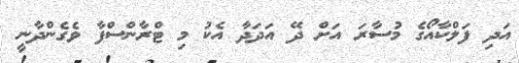
އަދި ފަލްކާއޯގެ މުސާރަ އަށް ދޭ އަދަދާ އެކު މި ޓްރާންސްފާ ވެގެންދާނީ